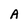
Character: A